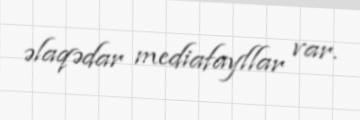
əlaqədar mediafayllar var.